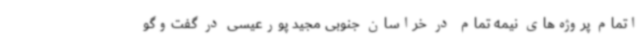
اتمام پروژه‌های نیمه تمام در خراسان جنوبی مجید پورعیسی در گفت‌وگو